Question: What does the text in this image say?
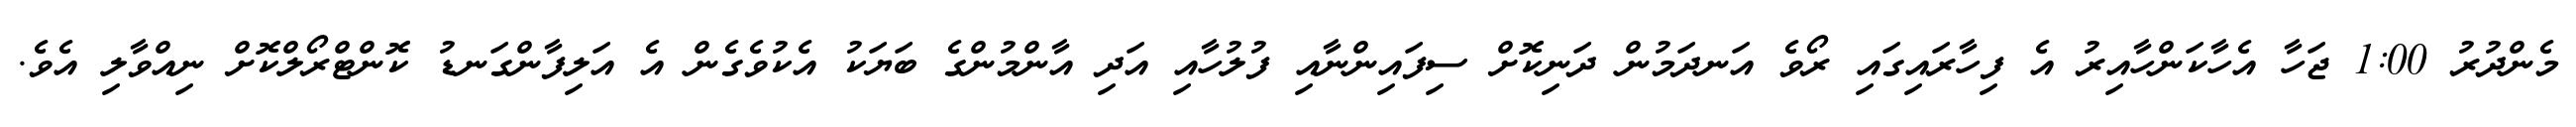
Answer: މެންދުރު 1:00 ޖަހާ އެހާކަންހާއިރު އެ ފިހާރައިގައި ރޯވެ އަނދަމުން ދަނިކޮށް ސިފައިންނާއި ފުލުހާއި އަދި އާންމުންގެ ބަޔަކު އެކުވެގެން އެ އަލިފާންގަނޑު ކޮންޓްރޯލްކޮށް ނިއްވާލި އެވެ.